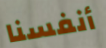
أنفسنا